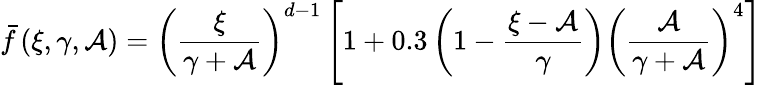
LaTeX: \bar{f}\left(\xi,\gamma,\mathcal{A}\right)=\left(\frac{\xi}{\gamma+\mathcal{A}}\right)^{d-1}\left[1+0.3\left(1-\frac{\xi-\mathcal{A}}{\gamma}\right)\left(\frac{\mathcal{A}}{\gamma+\mathcal{A}}\right)^{4}\right]